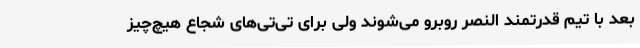
بعد با تیم قدرتمند النصر روبرو می‌شوند ولی برای تی‌تی‌های شجاع هیچ‌چیز